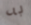
به